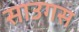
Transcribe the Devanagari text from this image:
साउगस